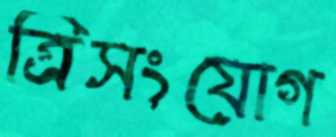
ত্রিসংযোগ